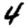
Digit: 4